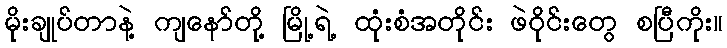
မိုးချုပ်တာနဲ့ ကျနော်တို့ မြို့ရဲ့ ထုံးစံအတိုင်း ဖဲဝိုင်းတွေ စပြီကိုး။